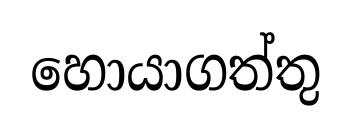
හොයාගත්තු